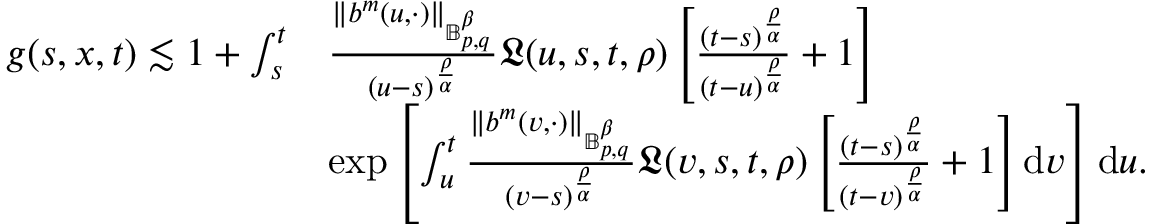
\begin{array} { r l } { g ( s , x , t ) \lesssim 1 + \int _ { s } ^ { t } } & { \frac { \Vert b ^ { m } ( u , \cdot ) \Vert _ { \mathbb { B } _ { p , q } ^ { \beta } } } { ( u - s ) ^ { \frac { \rho } { \alpha } } } \mathfrak { L } ( u , s , t , \rho ) \left[ \frac { ( t - s ) ^ { \frac { \rho } { \alpha } } } { ( t - u ) ^ { \frac { \rho } { \alpha } } } + 1 \right] } \\ & { \exp \left[ \int _ { u } ^ { t } \frac { \Vert b ^ { m } ( v , \cdot ) \Vert _ { \mathbb { B } _ { p , q } ^ { \beta } } } { ( v - s ) ^ { \frac { \rho } { \alpha } } } \mathfrak { L } ( v , s , t , \rho ) \left[ \frac { ( t - s ) ^ { \frac { \rho } { \alpha } } } { ( t - v ) ^ { \frac { \rho } { \alpha } } } + 1 \right] \mathrm { d } v \right] \mathrm { d } u . } \end{array}